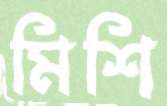
মিশি